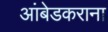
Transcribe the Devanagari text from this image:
आंबेडकराना